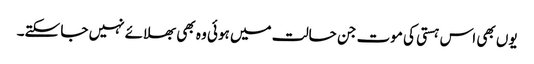
یوں بھی اس ہستی کی موت جن حالت میں ہوئی وہ بھی بھلائے نہیں جا سکتے۔